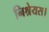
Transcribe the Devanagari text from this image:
निश्रेयस।